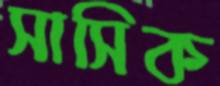
সাসিক